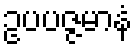
ဥပပဇ္ဇမာနံ